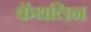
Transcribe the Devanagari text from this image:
कॅथलिन